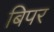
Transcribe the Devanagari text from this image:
बिपर